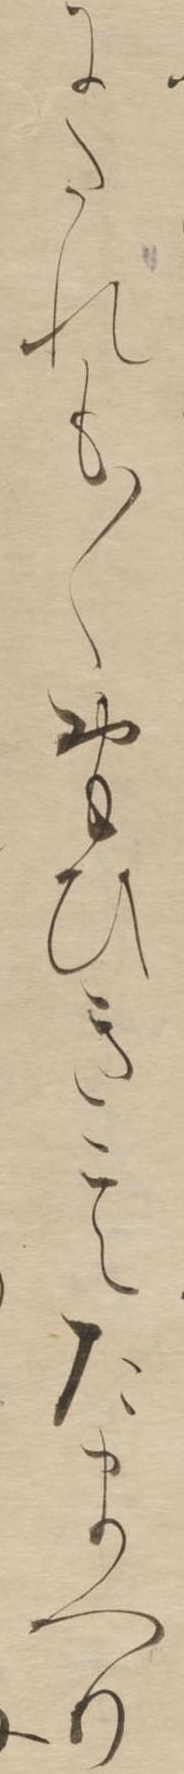
にたれも〱おもひきこえたまへり